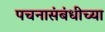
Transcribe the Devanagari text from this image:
पचनासंबंधीच्या